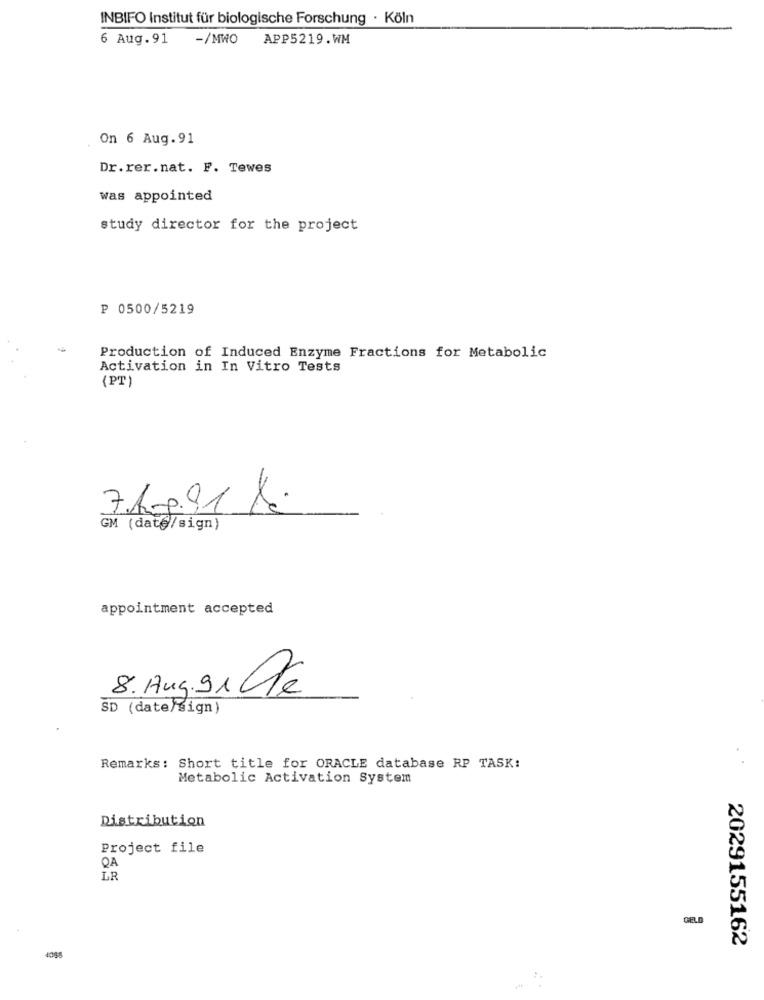
INBIFO Institut für biologische Forschung · Köln
6 Aug.91
-/MWO
APP5219.WM
On 6 Aug. 91
Dr.rer.nat. F. Tewes
was appointed
study director for the project
₱ 0500/5219
Production of Induced Enzyme Fractions for Metabolic
Activation in In Vitro Tests
(PT)
7.Ag.91 l.
GM (date/sign)
appointment accepted
8.Aug.91 De
SD (date/sign)
Remarks: Short title for ORACLE database RP TASK:
Metabolic Activation System
Distribution
Project file
QA
LR
GELO
2029155162
4065